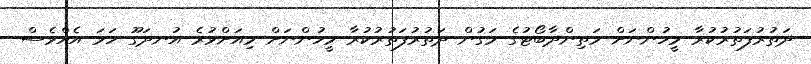
ދަތުރުފަތުރުކުރާ މީހުންނަށް މަތިންދާބޯޓުގެ މަގުން ދަތުރުފަތުރުކުރާ މީހުންނަށް މިއަށްވުރެ އުނދަގޫ ހަމަ އެއްވެސް